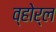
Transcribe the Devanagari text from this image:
व्होर्ल